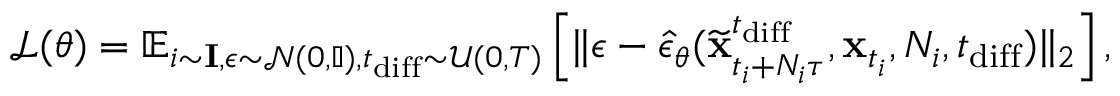
\mathcal { L } ( \theta ) = \mathbb { E } _ { i \sim \mathbf { I } , \epsilon \sim \mathcal { N } ( 0 , \mathbb { I } ) , t _ { \mathrm { d i f f } } \sim \mathcal { U } ( 0 , T ) } \left[ \lVert \epsilon - \hat { \epsilon } _ { \boldsymbol { \theta } } ( \widetilde { \mathbf { x } } _ { t _ { i } + N _ { i } \tau } ^ { t _ { \mathrm { d i f f } } } , \mathbf { x } _ { t _ { i } } , N _ { i } , t _ { \mathrm { d i f f } } ) \rVert _ { 2 } \right] ,